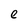
Character: e